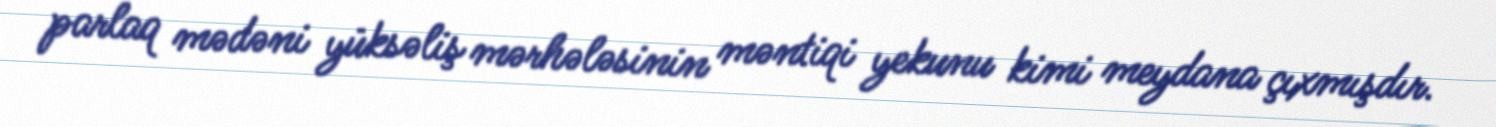
parlaq mədəni yüksəliş mərhələsinin məntiqi yekunu kimi meydana çıxmışdır.